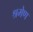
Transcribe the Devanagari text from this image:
श्रमेण